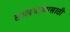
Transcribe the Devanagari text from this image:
तालवाद्यासाठी